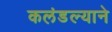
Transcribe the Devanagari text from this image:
कलंडल्याने